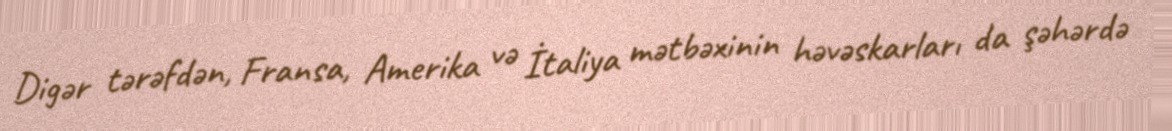
Digər tərəfdən, Fransa, Amerika və İtaliya mətbəxinin həvəskarları da şəhərdə